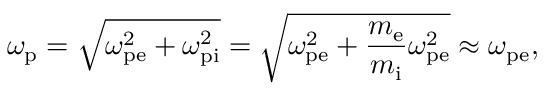
\omega _ { \mathrm { p } } = \sqrt { \omega _ { \mathrm { p e } } ^ { 2 } + \omega _ { \mathrm { p i } } ^ { 2 } } = \sqrt { \omega _ { \mathrm { p e } } ^ { 2 } + \frac { m _ { \mathrm { e } } } { m _ { \mathrm { i } } } \omega _ { \mathrm { p e } } ^ { 2 } } \approx \omega _ { \mathrm { p e } } ,